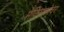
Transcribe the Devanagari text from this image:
मेक्सिकोवर